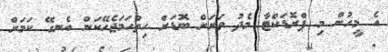
އެ މީހުން މި ޕްރޮޑަކްޓާ މެދު ވަރަށް ބޮޑަށް ހިތްހަމަޖެހޭކަން އެނގޭ ކަމަށް